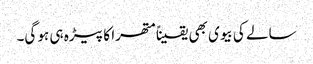
سالے کی بیوی بھی یقیناً متھرا کا پیڑہ ہی ہو گی۔